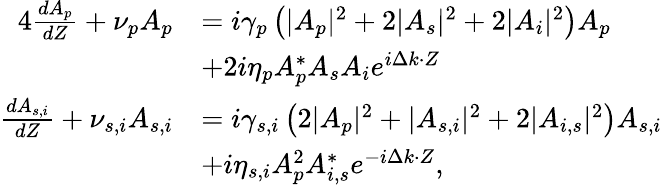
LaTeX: \begin{array}{rl}{{4}\frac{dA_{p}}{dZ}+\nu_{p}A_{p}}&{=i\gamma_{p}\left(|A_{p}|^{2}+2|A_{s}|^{2}+2|A_{i}|^{2}\right)A_{p}}\\ &{+2i\eta_{p}A_{p}^{*}A_{s}A_{i}e^{i\Delta k\cdot Z}}\\ {\frac{dA_{s,i}}{dZ}+\nu_{s,i}A_{s,i}}&{=i\gamma_{s,i}\left(2|A_{p}|^{2}+|A_{s,i}|^{2}+2|A_{i,s}|^{2}\right)A_{s,i}}\\ &{+i\eta_{s,i}A_{p}^{2}A_{i,s}^{*}e^{-i\Delta k\cdot Z},}\end{array}